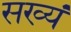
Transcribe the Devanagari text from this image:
सख्यं